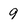
Character: 9